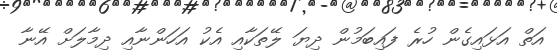
އަތް އަޅައިގެން ހުރެ ފައިބަމުން ދިޔަ ލޭތަކާއި އެކު އަހަންނާއި ދިމާލަށް އޭނާ